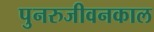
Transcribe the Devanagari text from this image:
पुनरुजीवनकाल